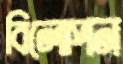
বিলোপন